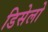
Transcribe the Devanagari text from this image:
डिसेलो